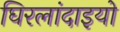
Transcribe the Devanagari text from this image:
घिरलांदाइयो